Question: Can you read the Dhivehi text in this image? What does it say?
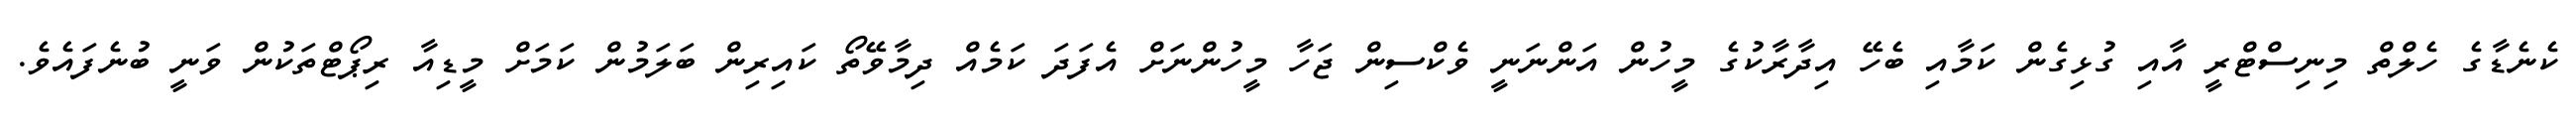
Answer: ކެނެޑާގެ ހެލްތް މިނިސްޓްރީ އާއި ގުޅިގެން ކަމާއި ބެހޭ އިދާރާކުގެ މީހުން އަންނަނީ ވެކްސިން ޖަހާ މީހުންނަށް އެފަދަ ކަމެއް ދިމާވޭތޯ ކައިރިން ބަލަމުން ކަމަށް މީޑިއާ ރިޕޯޓްތަކުން ވަނީ ބުނެފައެވެ.